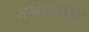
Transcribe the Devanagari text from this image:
तत्वज्ञांपेक्षा